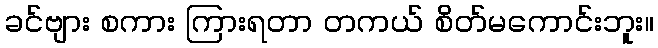
ခင်ဗျား စကား ကြားရတာ တကယ် စိတ်မကောင်းဘူး။